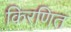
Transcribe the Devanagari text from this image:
किरणित